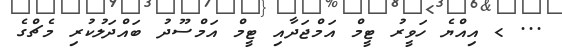
... > އިއްޔެ ހަވީރު ޓީމް އަމްޖަދާއި ޓީމް އަމްސޫދު ބައްދަލުކުރި މެޗްގެ